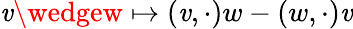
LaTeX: \mathit{v}\wedgew\mapsto(\mathit{v},\cdot)w-(w,\cdot)\mathit{v}